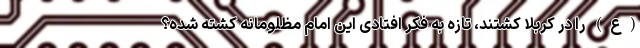
(ع) را در کربلا کشتند، تازه به فکر افتادی این امام مظلومانه کشته شده؟